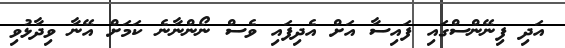
އަދި ފިނޭންސްގައި ފައިސާ އަށް އެދިފައި ވެސް ނޯންނާނެ ކަމަށް އޭނާ ވިދާޅުވި